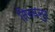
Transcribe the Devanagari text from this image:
तिरुवलुर